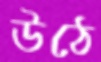
উঠে